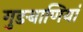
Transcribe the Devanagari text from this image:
गुङबाणियां